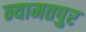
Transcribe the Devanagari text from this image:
न्यामतपुर